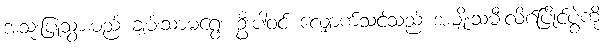
အသုံးပြုသွားမည် ချမ်းသာမရွေး ဦးပါဝင် လျှောက်သင့်သည် အမျိုးသမီးလိဂ်ပြိုင်ပွဲကို